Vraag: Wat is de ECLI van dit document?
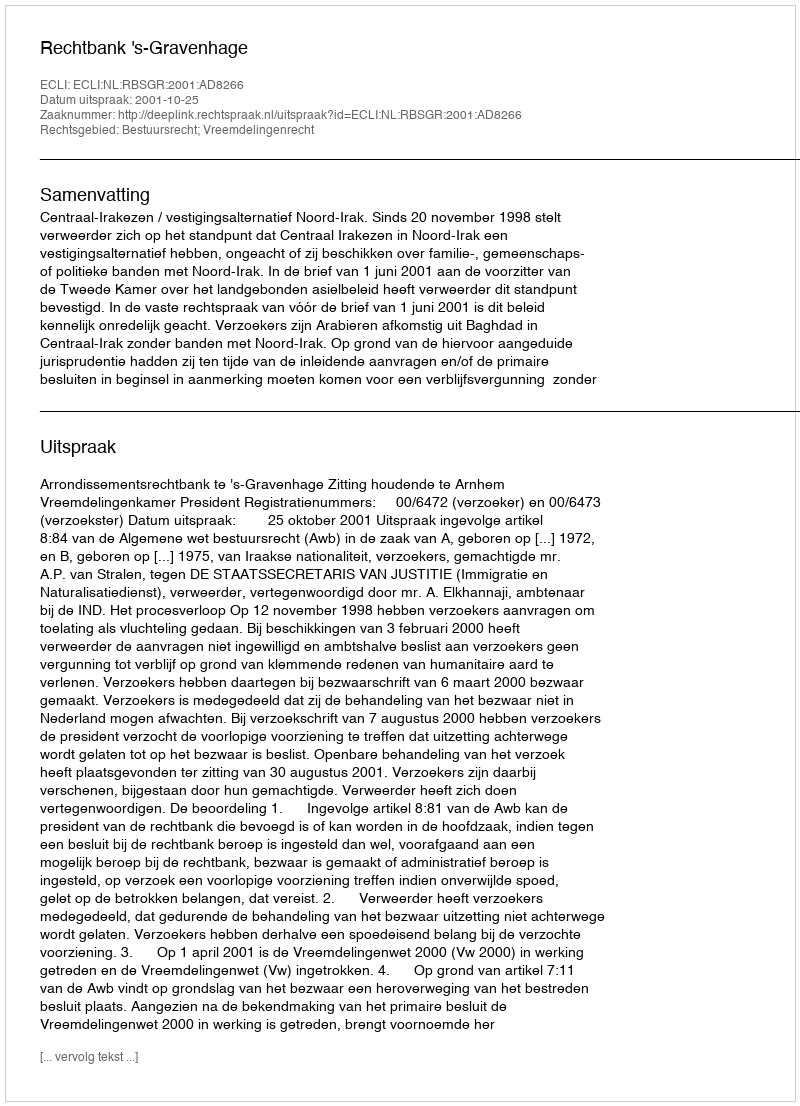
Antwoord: ECLI:NL:RBSGR:2001:AD8266